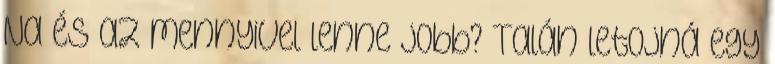
Na és az mennyivel lenne jobb? Talán letojná egy